Plague in India, 1896, 1897 - Volume 1
Year: 1896
Disease focus: Plague
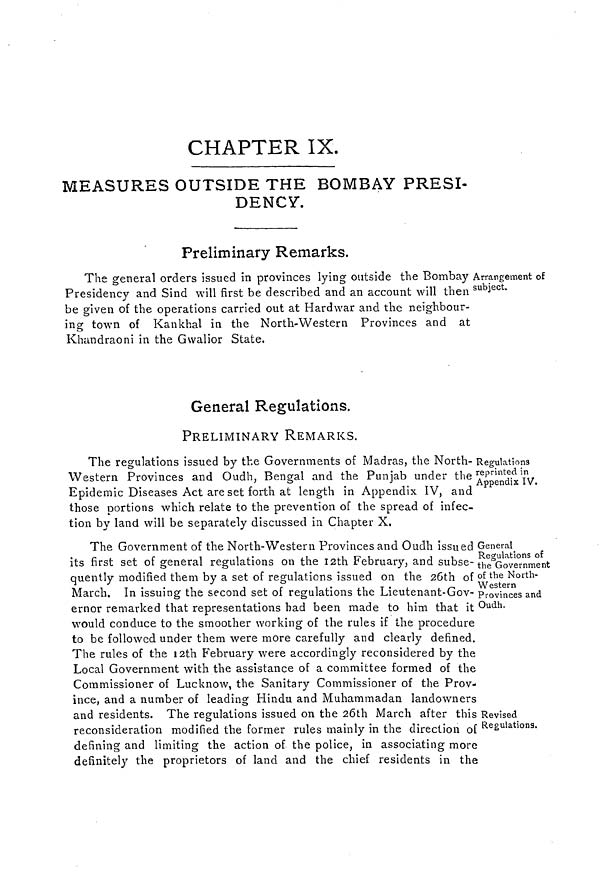
CHAPTER IX.
MEASURES OUTSIDE THE BOMBAY PRESI-
DENCY.
Preliminary Remarks.
Arrangement of
subject.
The general orders issued in provinces lying outside the Bombay .
Presidency and Sind will first be described and an account will then
be given of the operations carried out at Hardwar and the neighbour-
ing town of Kankhal in the North-Western Provinces and at
Khundraoni in the Gwalior State.
General Regulations.
PRELIMINARY REMARKS.
Regulations
reprinted in
Appendix IV.
The regulations issued by the Governments of Madras, the North-
Western Provinces and Oudh, Bengal and the Punjab under the
Epidemic Diseases Act are set forth at length in Appendix IV, and
those portions which relate to the prevention of the spread of infec-
tion by land will be separately discussed in Chapter X.
General
Regulations of
the Government
of the North-
Western
Provinces and
Oudh.
Revised
Regulations.
The Government of the North-Western Provinces and Oudh issued
its first set of general regulations on the 12th February, and subse-
quently modified them by a set of regulations issued on the 26th of
March. In issuing the second set of regulations the Lieutenant-Gov-
ernor remarked that representations had been made to him that it
would conduce to the smoother working of the rules if the procedure
to be followed under them were more carefully and clearly defined.
The rules of the 12th February were accordingly reconsidered by the
Local Government with the assistance of a committee formed of the
Commissioner of Lucknow, the Sanitary Commissioner of the Prov-
ince, and a number of leading Hindu and Muhammadan landowners
and residents. The regulations issued on the 26th March after this
reconsideration modified the former rules mainly in the direction of
defining and limiting the action of the police, in associating more
definitely the proprietors of land and the chief residents in the